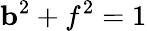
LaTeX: {\mathbf b}^{2}+f^{2}=1